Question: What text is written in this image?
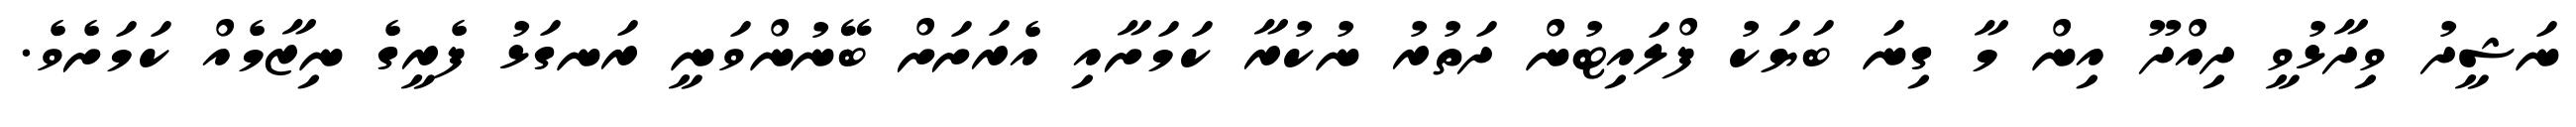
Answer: ނަޝީދު ވިދާޅުވީ ދިއްދޫ އިން މާ ގިނަ ބަޔަކު ފްލައިޓުން ދަތުރު ނުކުރާ ކަމަށާއި އެރަށަށް ބޭނުންވަނީ ރަނގަޅު ފެރީގެ ނިޒާމެއް ކަމަށެވެ.